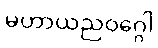
မဟာယညဝဂ္ဂေါ